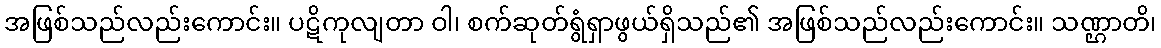
အဖြစ်သည်လည်းကောင်း။ ပဋိကုလျတာ ဝါ၊ စက်ဆုတ်ရွံရှာဖွယ်ရှိသည်၏ အဖြစ်သည်လည်းကောင်း။ သဏ္ဌာတိ၊